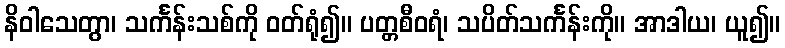
နိဝါသေတွာ၊ သင်္ကန်းသစ်ကို ဝတ်ရုံ၍။ ပတ္တစီဝရံ၊ သပိတ်သင်္ကန်းကို။ အာဒါယ၊ ယူ၍။